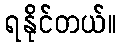
ရနိုင်တယ်။